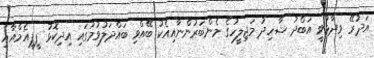
އަދުރޭ ވިދާޅުވީ އަބްދު ޝާހިދު މަޖިލީހުގެ މެންބަރުންނާއިއެކު ބޭއްވި ބައްދަލުވުމުގައި އިދިކޮޅު ޕީޕީއެމްއާއި